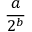
\frac { a } { 2 ^ { b } }